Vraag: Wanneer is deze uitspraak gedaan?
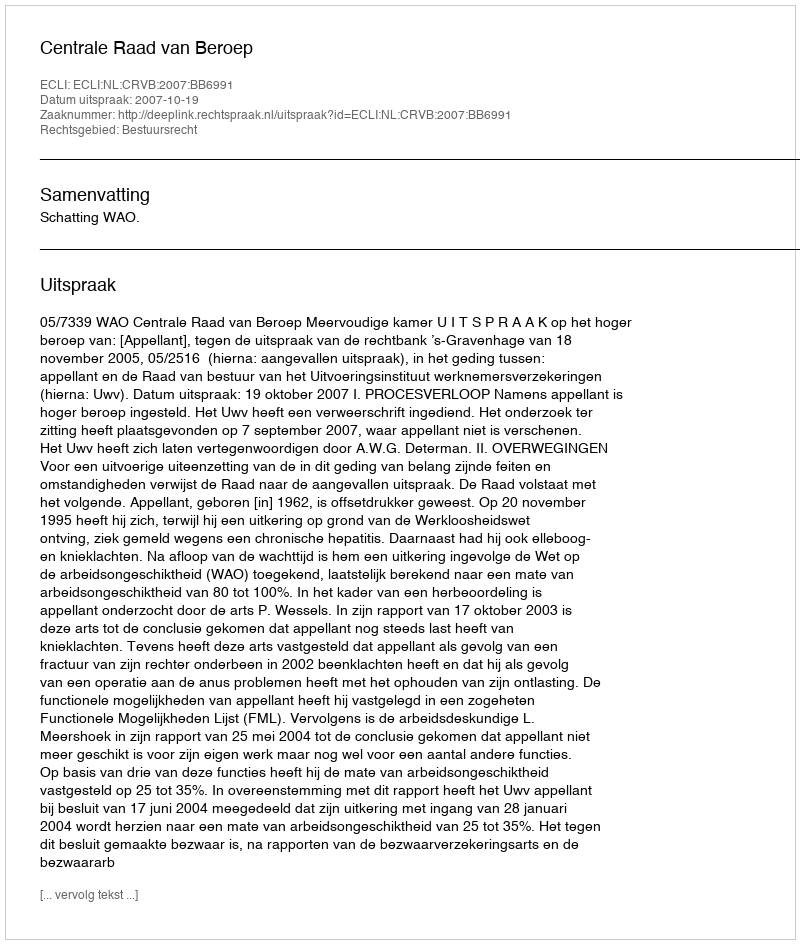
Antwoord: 2007-10-19